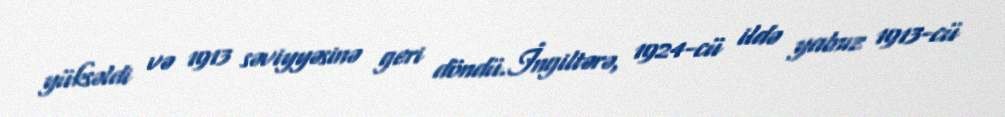
yüksəldi və 1913 səviyyəsinə geri döndü.İngiltərə, 1924-cü ildə yalnız 1913-cü